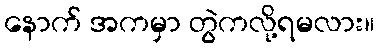
နောက် အကမှာ တွဲကလို့ရမလား။